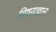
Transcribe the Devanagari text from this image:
विषयज्ञान